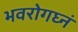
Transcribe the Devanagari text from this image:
भवरोगघ्नं